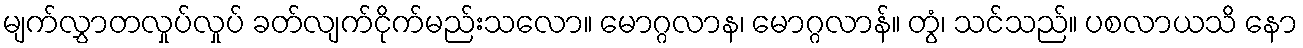
မျက်လွှာတလှုပ်လှုပ် ခတ်လျက်ငိုက်မည်းသလော။ မောဂ္ဂလာန၊ မောဂ္ဂလာန်။ တွံ၊ သင်သည်။ ပစလာယသိ နော